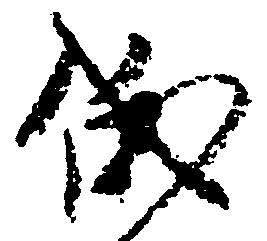
俄